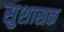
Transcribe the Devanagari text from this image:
सुशासक